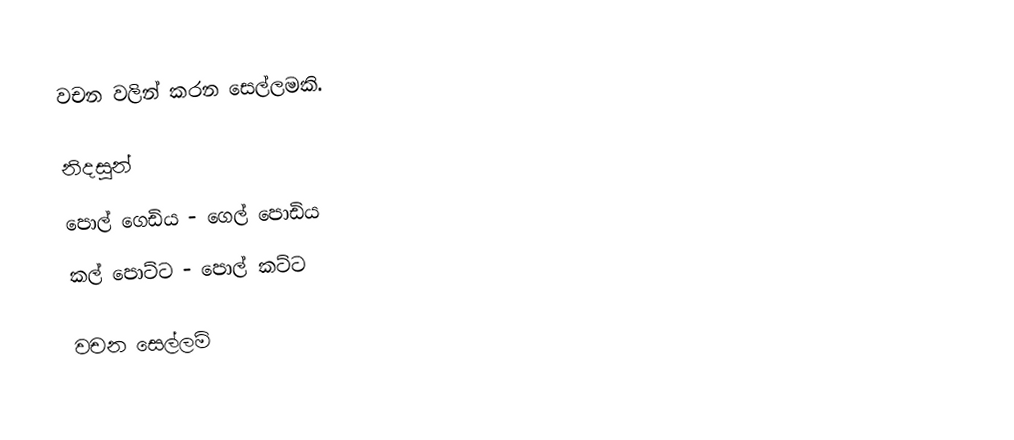
වචන වලින් කරන සෙල්ලමකි.

නිදසුන්
 පොල් ගෙඩිය - ගෙල් පොඩිය
 කල් පොට්ට - පොල් කට්ට

වචන සෙල්ලම්